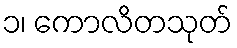
၁၊ ကောလိတသုတ်